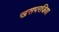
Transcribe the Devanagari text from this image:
खसपरजिया